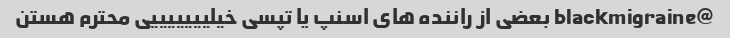
@blackmigraine بعضی از راننده های اسنپ یا تپسی خیلیییییییی محترم هستن